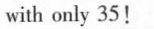
with only 35!